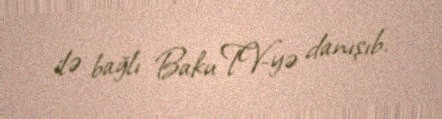
ilə bağlı Baku TV-yə danışıb.